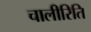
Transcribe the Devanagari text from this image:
चालीरिति